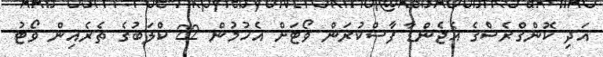
އަދި ކޮންގްރެސްގެ އެޖެންޑާ ފާސްކުރަން ވޯޓަށް އެހުމުން 22 ކްލަބުގެ ތެރެއިން ވޯޓު